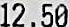
12.50